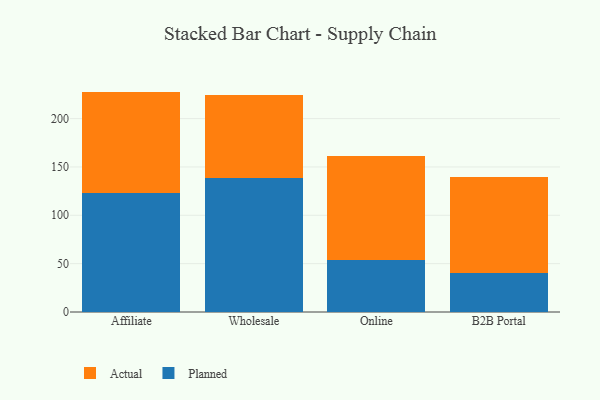
{"axis": {"x": "Channel", "y": "Energy Usage (MWh)"}, "legend": ["Actual", "Planned"], "data": [{"x": "Affiliate", "y": 123.1, "type": "Planned"}, {"x": "Affiliate", "y": 104.8, "type": "Actual"}, {"x": "Wholesale", "y": 138.3, "type": "Planned"}, {"x": "Wholesale", "y": 86.3, "type": "Actual"}, {"x": "Online", "y": 53.4, "type": "Planned"}, {"x": "Online", "y": 107.7, "type": "Actual"}, {"x": "B2B Portal", "y": 40.1, "type": "Planned"}, {"x": "B2B Portal", "y": 99.3, "type": "Actual"}]}